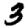
Digit: 3